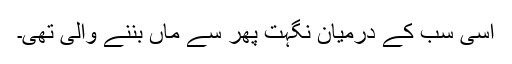
اسی سب کے درمیان نگہت پھر سے ماں بننے والی تھی۔